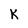
Character: K